Senior Leaving Certificate Examination (including Day School Certificate (Higher) General paper), 1948
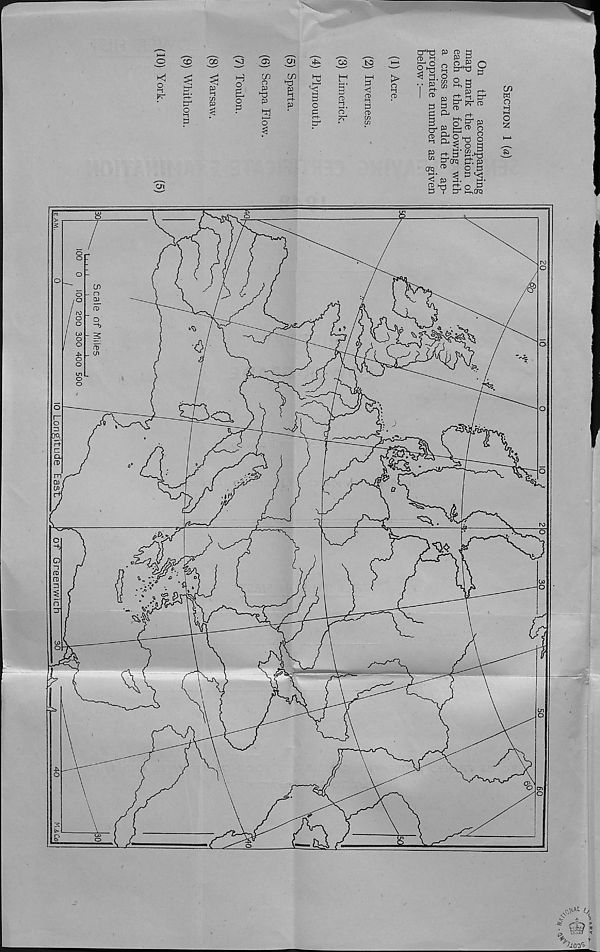
o i-i
K
cri
tr
t—*• r-t-
o
i-i
3
00
3 in
P
05
Ol ^ "oo
H
o
o
3
w
o
p
p
2
o
cn
TO
r4-
p
2
3
o
p
(D i-i
►—* •
o
to
<
CD
»-t
y
CD
in
in
>
3
0>
CTTO P ^ g
CD ►-!
P P
6 o§%9
< 2. P
:-p p g
P r+
R. pr
p
g,
P g
P P-
r+
3
O
^
o g
“ P'tro £±. P
Orq P
OP
1'p
2 TO r* - . ri P
P i P"^ PhOTQ
cn
w
o
H
i-i
O
2
o_
O -
0-0
“b
Cl
JH
a
i
~b
3
7
%
L